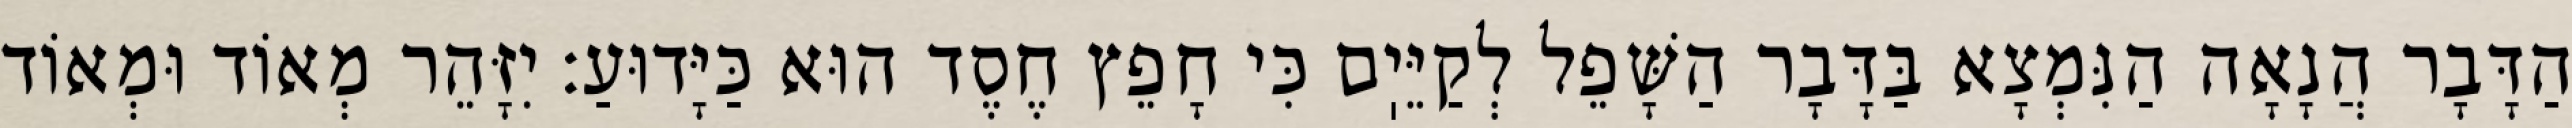
הַדָּבָר הֲנָאָה הַנִּמְצָא בַּדָּבָר הַשָּׁפֵל לְקַיֵּיֽם כִּי חָפֵץ חֶסֶד הוּא כַּיָּדוּעַ: יִזָּהֵר מְאוֹד וּמְאוֹד